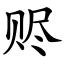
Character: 赆